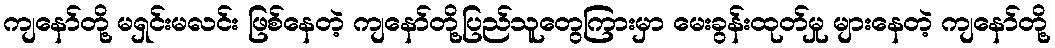
ကျနော်တို့ မရှင်းမလင်း ဖြစ်နေတဲ့ ကျနော်တို့ပြည်သူတွေကြားမှာ မေးခွန်းထုတ်မှု များနေတဲ့ ကျနော်တို့